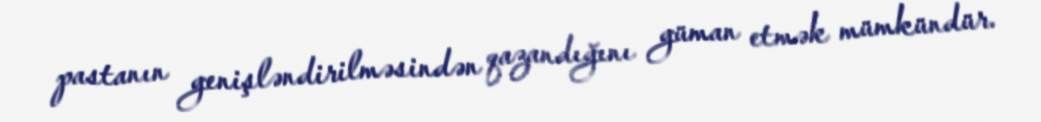
pastanın genişləndirilməsindən qazandığını güman etmək mümkündür.